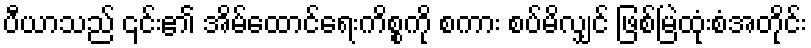
ပီယာသည် ၎င်း၏ အိမ်ထောင်ရေးကိစ္စကို စကား စပ်မိလျှင် ဖြစ်မြဲထုံးစံအတိုင်း